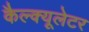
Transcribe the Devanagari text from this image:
कैल्क्यूलेटर